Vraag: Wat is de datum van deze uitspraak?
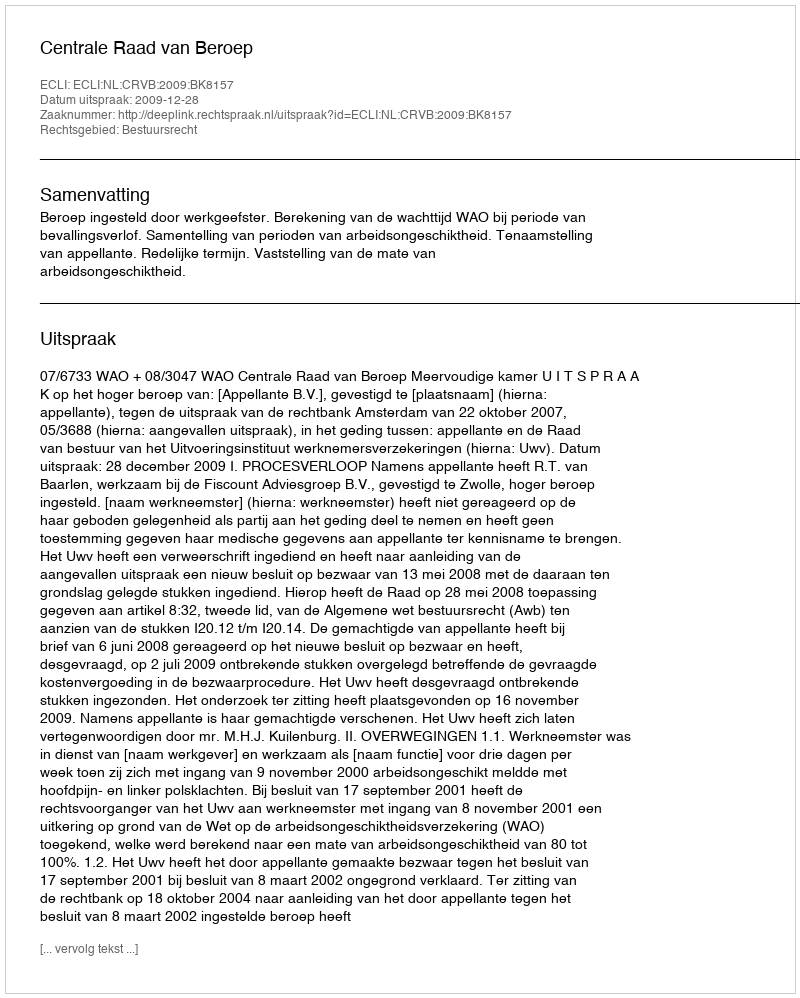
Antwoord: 2009-12-28